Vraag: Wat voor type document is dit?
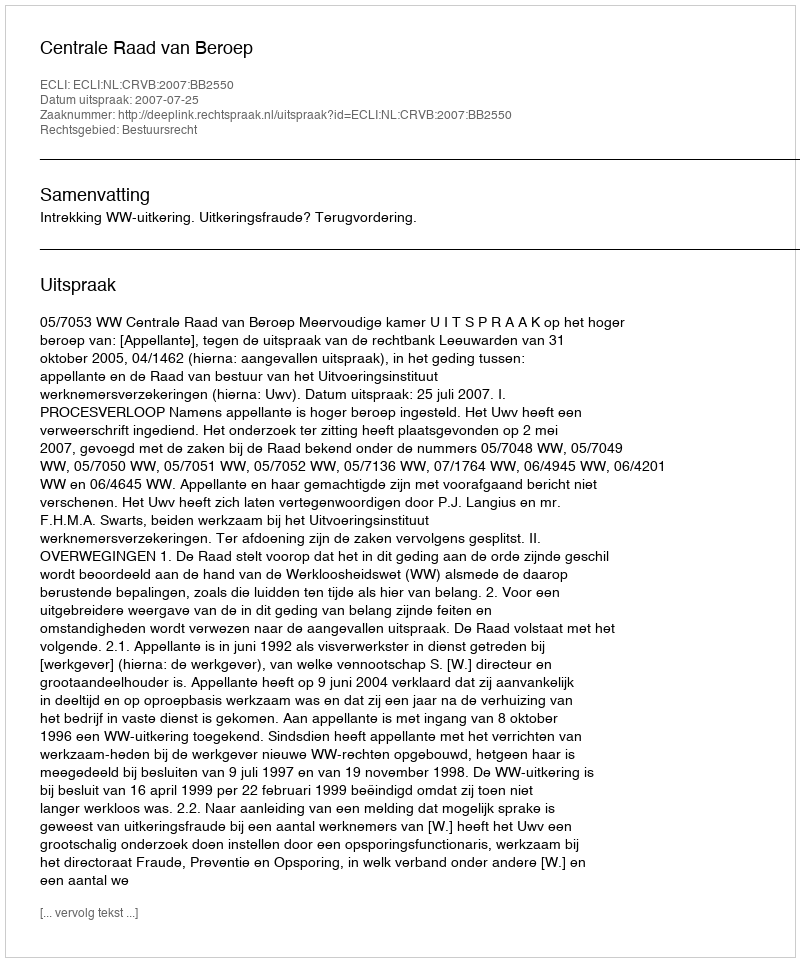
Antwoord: Uitspraak